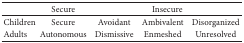
|  | Secure | <COLSPAN=3> Insecure |
 | --- | --- | --- | --- | --- |
 | Children | Secure | Avoidant | Ambivalent | Disorganized |
 | Adults | Autonomous | Dismissive | Enmeshed | Unresolved |